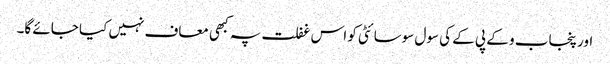
اور پنجاب و کے پی کے کی سول سوسائٹی کو اس غفلت پہ کبھی معاف نہیں کیا جائے گا۔